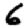
Digit: 6